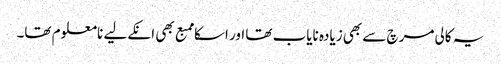
یہ کالی مرچ سے بھی زیادہ نایاب تھا اور اسکا ممبع بھی انکےلیے نامعلوم تھا۔